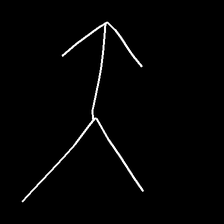
Glyph: gather